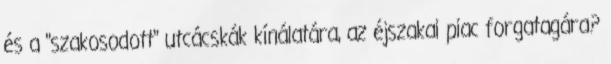
és a "szakosodott" utcácskák kínálatára, az éjszakai piac forgatagára?